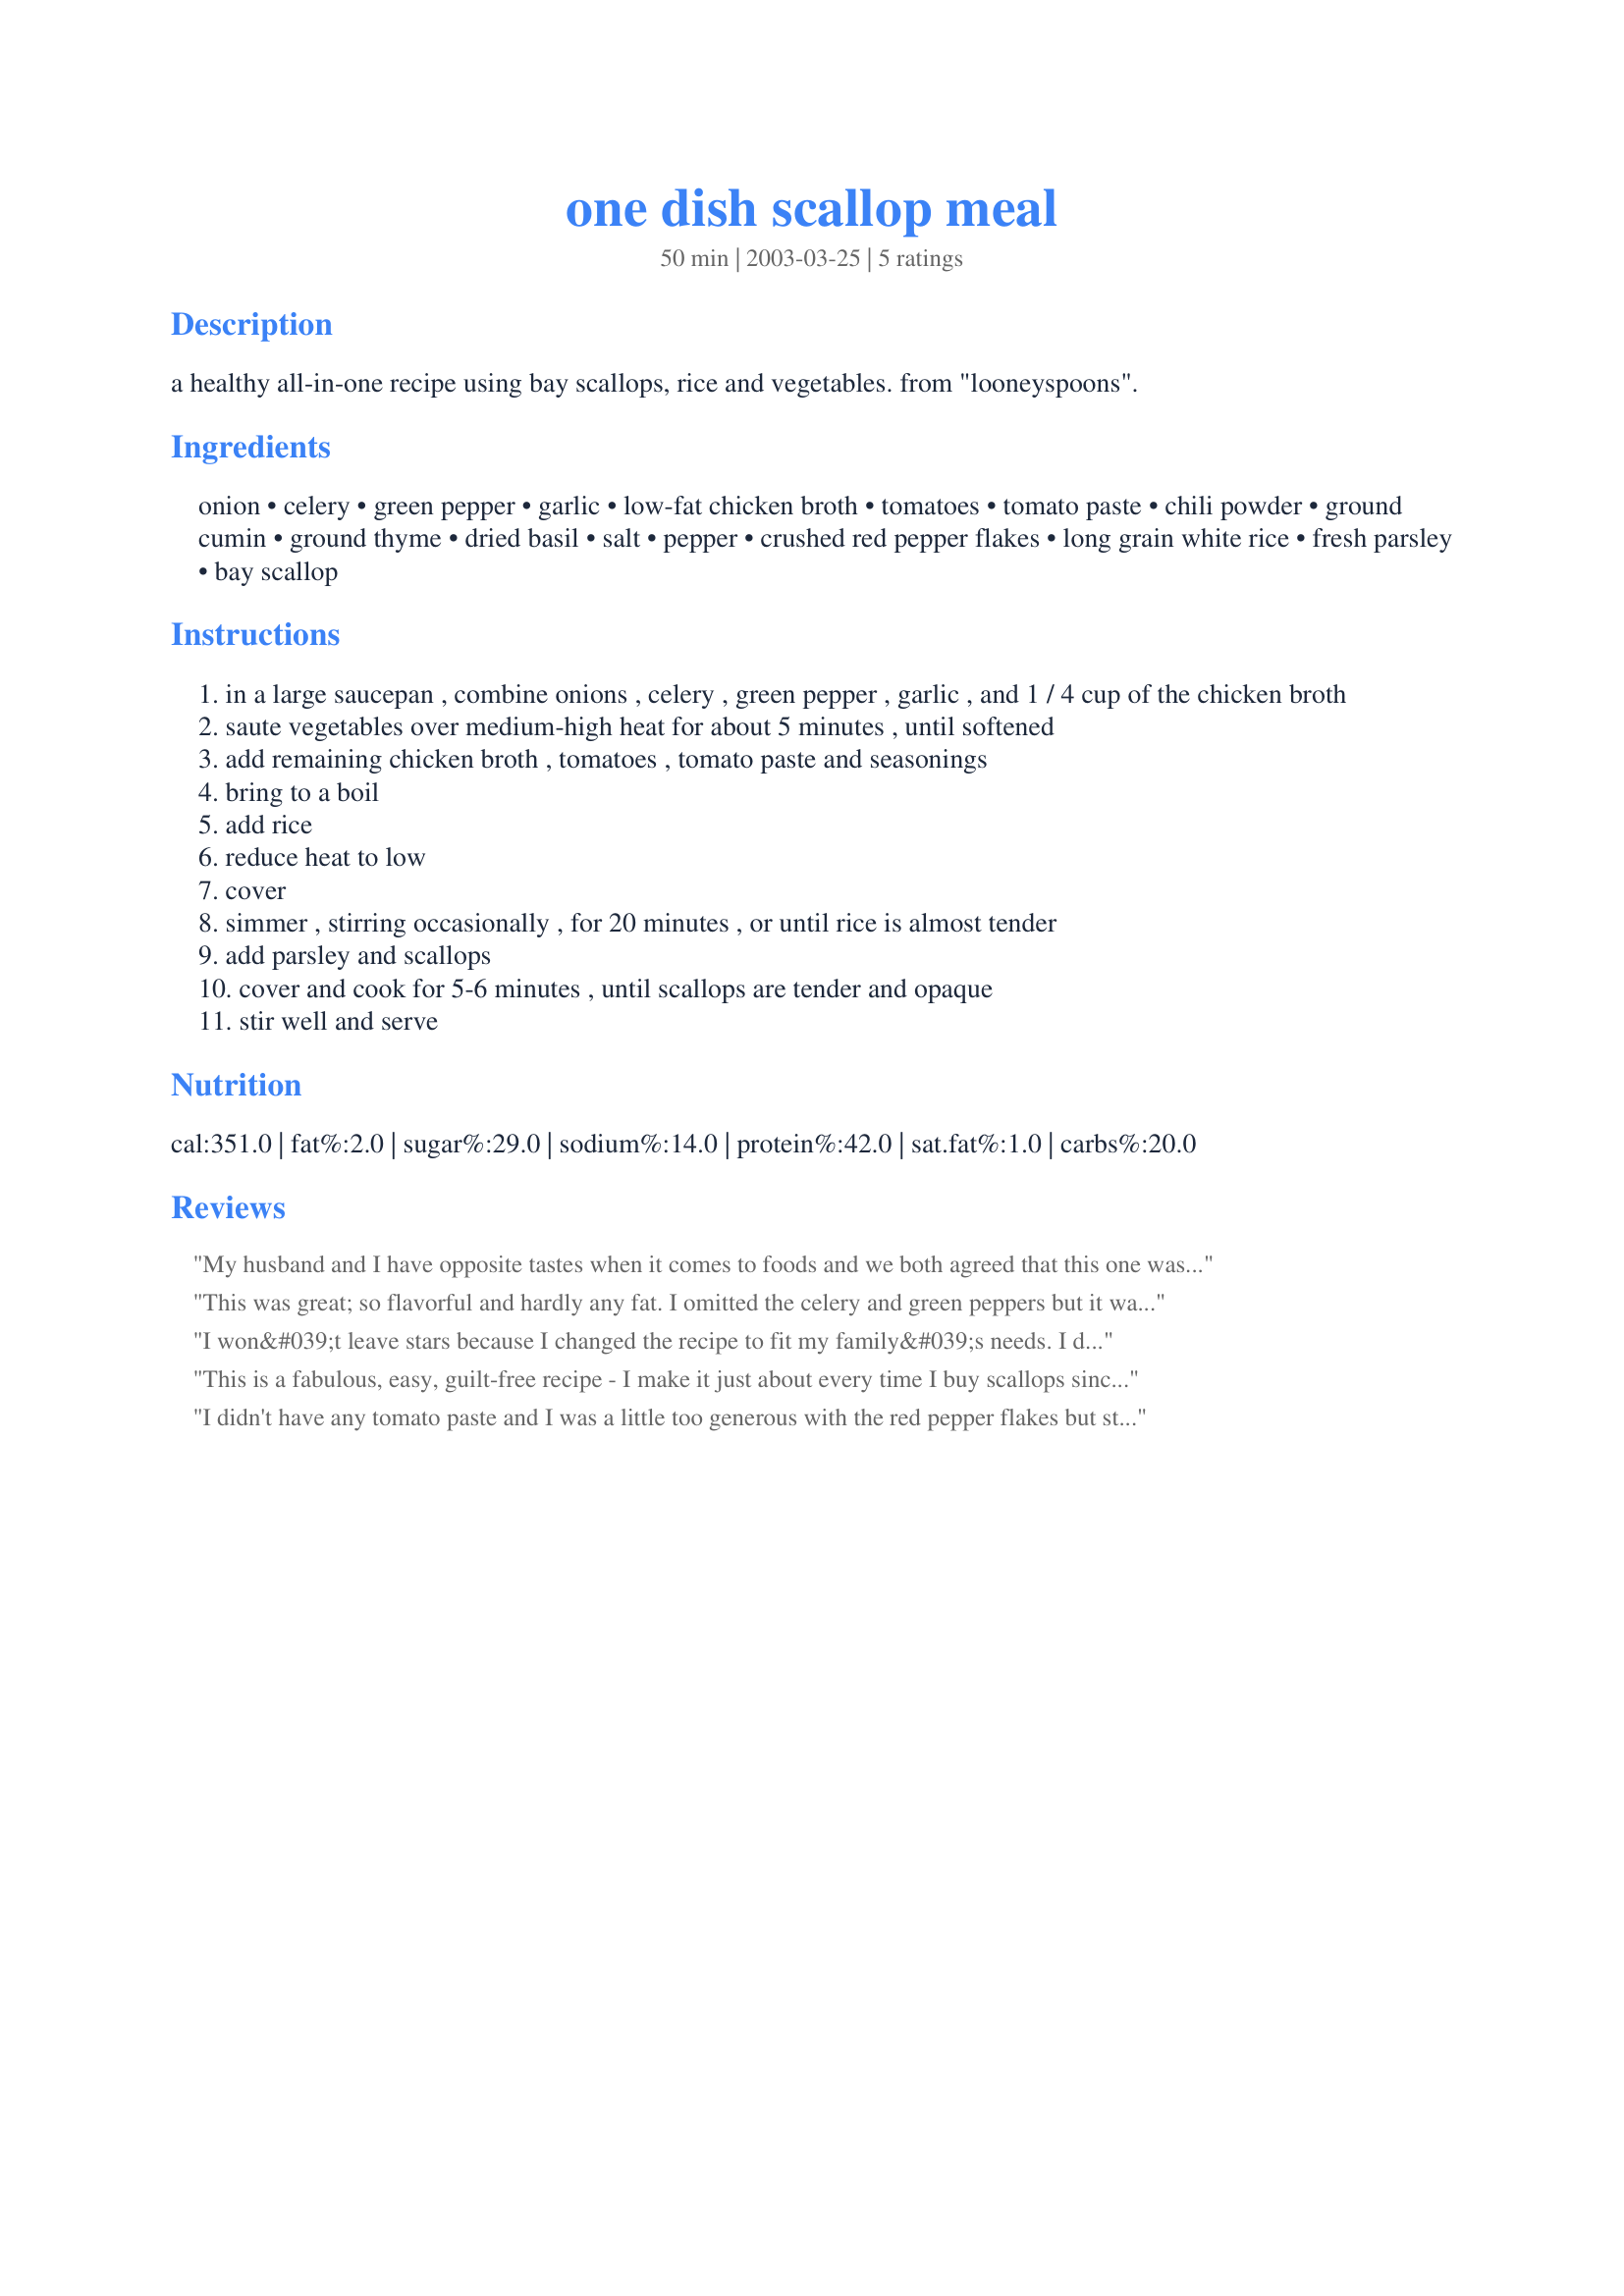
one dish scallop meal
Preparation time: 50 minutes

a healthy all-in-one recipe using bay scallops, rice and vegetables. from "looneyspoons".

Ingredients:
onion, celery, green pepper, garlic, low-fat chicken broth, tomatoes, tomato paste, chili powder, ground cumin, ground thyme, dried basil, salt, pepper, crushed red pepper flakes, long grain white rice, fresh parsley, bay scallop

Steps:
in a large saucepan , combine onions , celery , green pepper , garlic , and 1 / 4 cup of the chicken broth
saute vegetables over medium-high heat for about 5 minutes , until softened
add remaining chicken broth , tomatoes , tomato paste and seasonings
bring to a boil
add rice
reduce heat to low
cover
simmer , stirring occasionally , for 20 minutes , or until rice is almost tender
add parsley and scallops
cover and cook for 5-6 minutes , until scallops are tender and opaque
stir well and serve

Reviews:
My husband and I have opposite tastes when it comes to foods and we both agreed that this one was fantastic...and even better was low fat. The baby loved it too.
This was great; so flavorful and hardly any fat. I omitted the celery and green peppers but it was fantastic. Easy to make, made a ton of food. I could see this being really tasty with chicken as well (my husband's not a huge scallop fan but he enjoyed it). Has a real southwest-y flavor, with all the chili powder and cumin. Will definitely make again!
I won&#039;t leave stars because I changed the recipe to fit my family&#039;s needs. I didn&#039;t use tomato paste, used home canned tomatoes and chicken stock. I also substituted brown rice for white, cooking it a little longer to compensate, then added the scallops. Wasn&#039;t sure hubby would like it, but was pleasantly surprised! He was very complimentary and would eat it again! I thought it was great, a wonderful recipe to start from. I am grateful you posted this recipe and plan to put it in my permanent paper file. Keep up the good work!
This is a fabulous, easy, guilt-free recipe - I make it just about every time I buy scallops since it uses ingredients I always have on hand. Don't be afraid of the number of ingredients since a lot of them are just spices, and it really does taste better with the fresh parsley, although I often leave it out. One recommendation: if you grind your own cumin seeds, don't use the full amount called for since it can be a little overpowering.
I didn't have any tomato paste and I was a little too generous with the red pepper flakes but still tasted great and I'll make it again.
